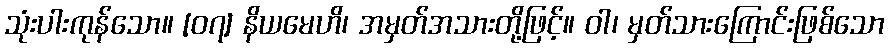
သုံးပါးကုန်သော။ [၀၇] နိယမေဟိ၊ အမှတ်အသားတို့ဖြင့်။ ဝါ၊ မှတ်သားကြောင်းဖြစ်သော